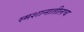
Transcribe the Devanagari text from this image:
स्मशानातीलच